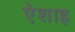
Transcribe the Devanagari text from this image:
ऐशाह